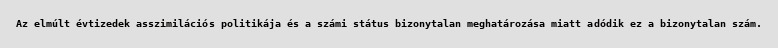
Az elmúlt évtizedek asszimilációs politikája és a számi státus bizonytalan meghatározása miatt adódik ez a bizonytalan szám.